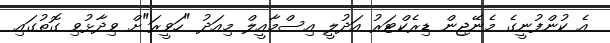
އެ ކުންފުނީގެ މެނޭޖިން ޑިރެކްޓަރު އަދުލީ އިސްމާއީލް މިއަދު "ހަވީރަ"ށް ވިދާޅުވި ގޮތުގައި